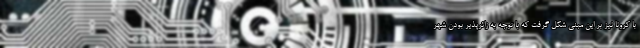
با کرونا نیز بر این مبنی شکل گرفت که با توجه به زائرپذیر بودن شهر